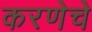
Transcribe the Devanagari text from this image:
करणेचे